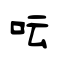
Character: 呍